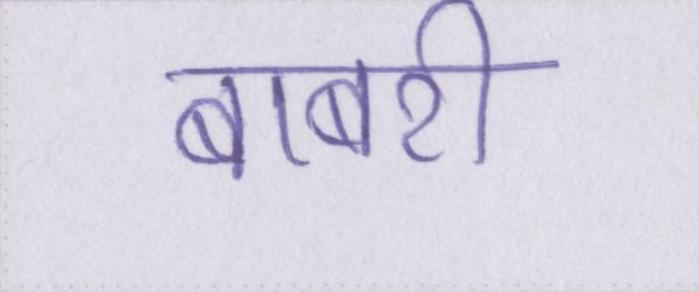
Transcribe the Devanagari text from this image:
बाबरी